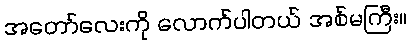
အတော်လေးကို လောက်ပါတယ် အစ်မကြီး။